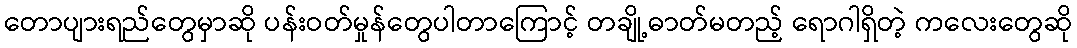
တောပျားရည်တွေမှာဆို ပန်းဝတ်မှုန်တွေပါတာကြောင့် တချို့ဓာတ်မတည့် ရောဂါရှိတဲ့ ကလေးတွေဆို